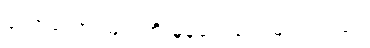
တောတောင်များကို မှုန်ရေးရေးမြင်ရသည်။